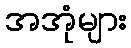
အအုံများ